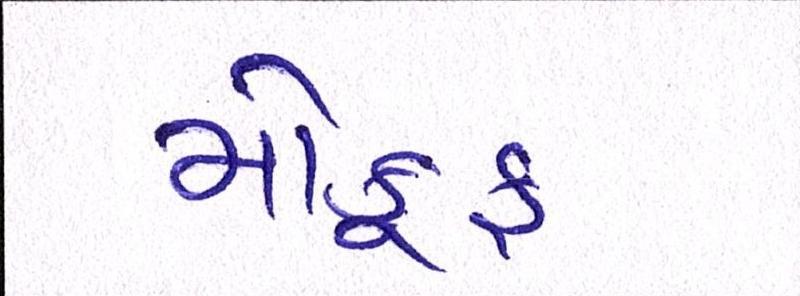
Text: મોકૂફ